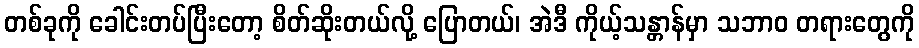
တစ်ခုကို ခေါင်းတပ်ပြီးတော့ စိတ်ဆိုးတယ်လို့ ပြောတယ်၊ အဲဒီ ကိုယ့်သန္တာန်မှာ သဘာဝ တရားတွေကို